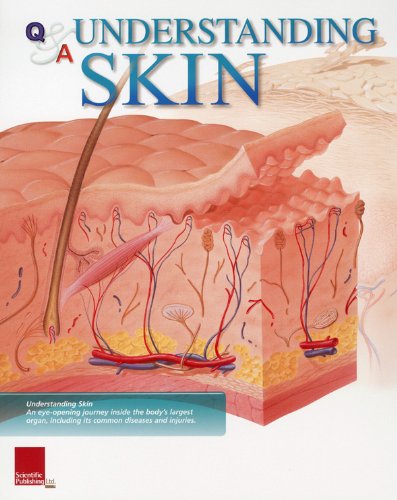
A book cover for Understanding Skin Flip Chart (Flip Charts); Scientific Publishing; Health, Fitness & Dieting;